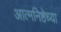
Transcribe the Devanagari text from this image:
आत्मनिष्ठेच्या